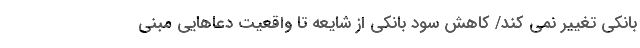
بانکی تغییر نمی کند/ کاهش سود بانکی از شایعه تا واقعیت دعاهایی مبنی